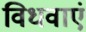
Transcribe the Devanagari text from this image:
विधवाएं